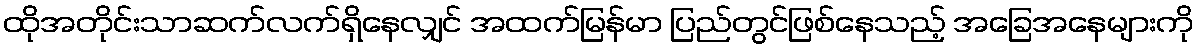
ထိုအတိုင်းသာဆက်လက်ရှိနေလျှင် အထက်မြန်မာ ပြည်တွင်ဖြစ်နေသည့် အခြေအနေများကို